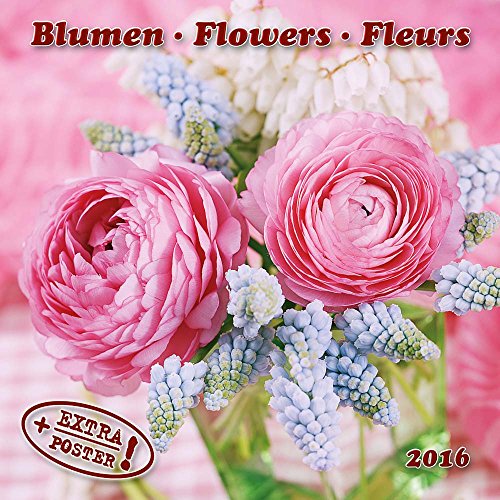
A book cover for Flowers (161045) (English, Spanish, French, Italian and German Edition); Tushita; Calendars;